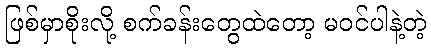
ဖြစ်မှာစိုးလို့ စက်ခန်းတွေထဲတော့ မဝင်ပါနဲ့တဲ့